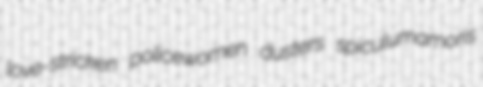
love-stricken policewomen dusters spiculumamoris